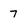
Character: 7